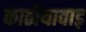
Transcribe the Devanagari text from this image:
काठीयावाड़